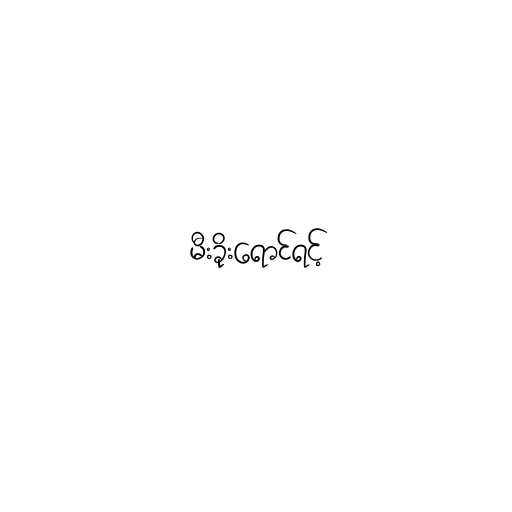
မီးခိုးရောင်ရင့်